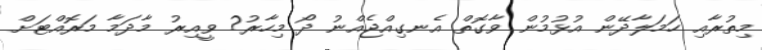
މިތުރާއި ހަމަލާދޭން އުޅުމުން ވާގޮތް އެނގިއްޖެއްނު ދޯ މިހާރު? ވީއިރު މާދަމާ މަރޮއްޓަށް